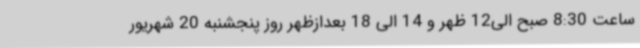
ساعت 8:30 صبح الی12 ظهر و 14 الی 18 بعدازظهر روز پنجشنبه 20 شهریور